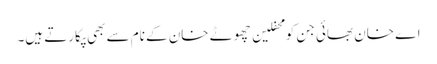
اے خان بھائی جن کو محفلین چھوٹے خان کے نام سے بھی پکارتے ہیں۔